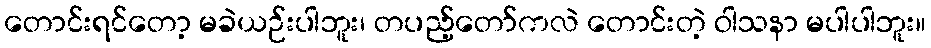
တောင်းရင်တော့ မခဲယဉ်းပါဘူး၊ တပည့်တော်ကလဲ တောင်းတဲ့ ဝါသနာ မပါပါဘူး။